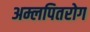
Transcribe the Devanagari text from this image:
अम्लपितरोग